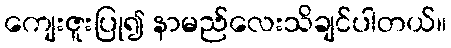
ကျေးဇူးပြု၍ နာမည်လေးသိချင်ပါတယ်။